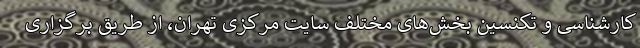
کارشناسی و تکنسین بخش‌های مختلف سایت مرکزی تهران، از طریق برگزاری